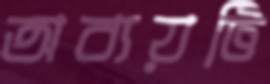
অব্যয়টি